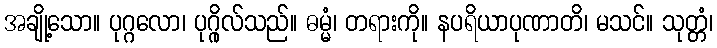
အချို့သော။ ပုဂ္ဂလော၊ ပုဂ္ဂိုလ်သည်။ ဓမ္မံ၊ တရားကို။ နပရိယာပုဏာတိ၊ မသင်။ သုတ္တံ၊